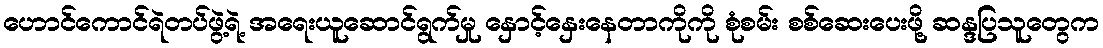
ဟောင်ကောင်ရဲတပ်ဖွဲ့ရဲ့ အရေးယူဆောင်ရွက်မှု နှောင့်နှေးနေတာကိုကို စုံစမ်း စစ်ဆေးပေးဖို့ ဆန္ဒပြသူတွေက